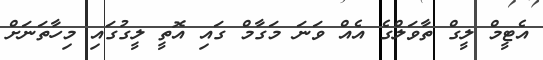
އެޓީމް ލީގް ތާވަލްގެ އެއް ވަނަ މަގާމް ގައި އޮތީ ލީގުގައި މިހާތަނަށް